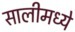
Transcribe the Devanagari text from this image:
सालीमध्ये